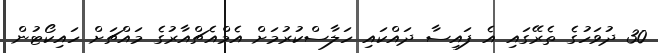
30 ދުވަހުގެ ތެރޭގައި އެ ފައިސާ ދައްކައި ހަލާސްކުރުމަށް އެމްއެޗްއާރުގެ މައްޗަށް ހައިކޯޓުން